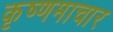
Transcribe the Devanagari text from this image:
कृष्णमाचार